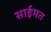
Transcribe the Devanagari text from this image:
साईमत